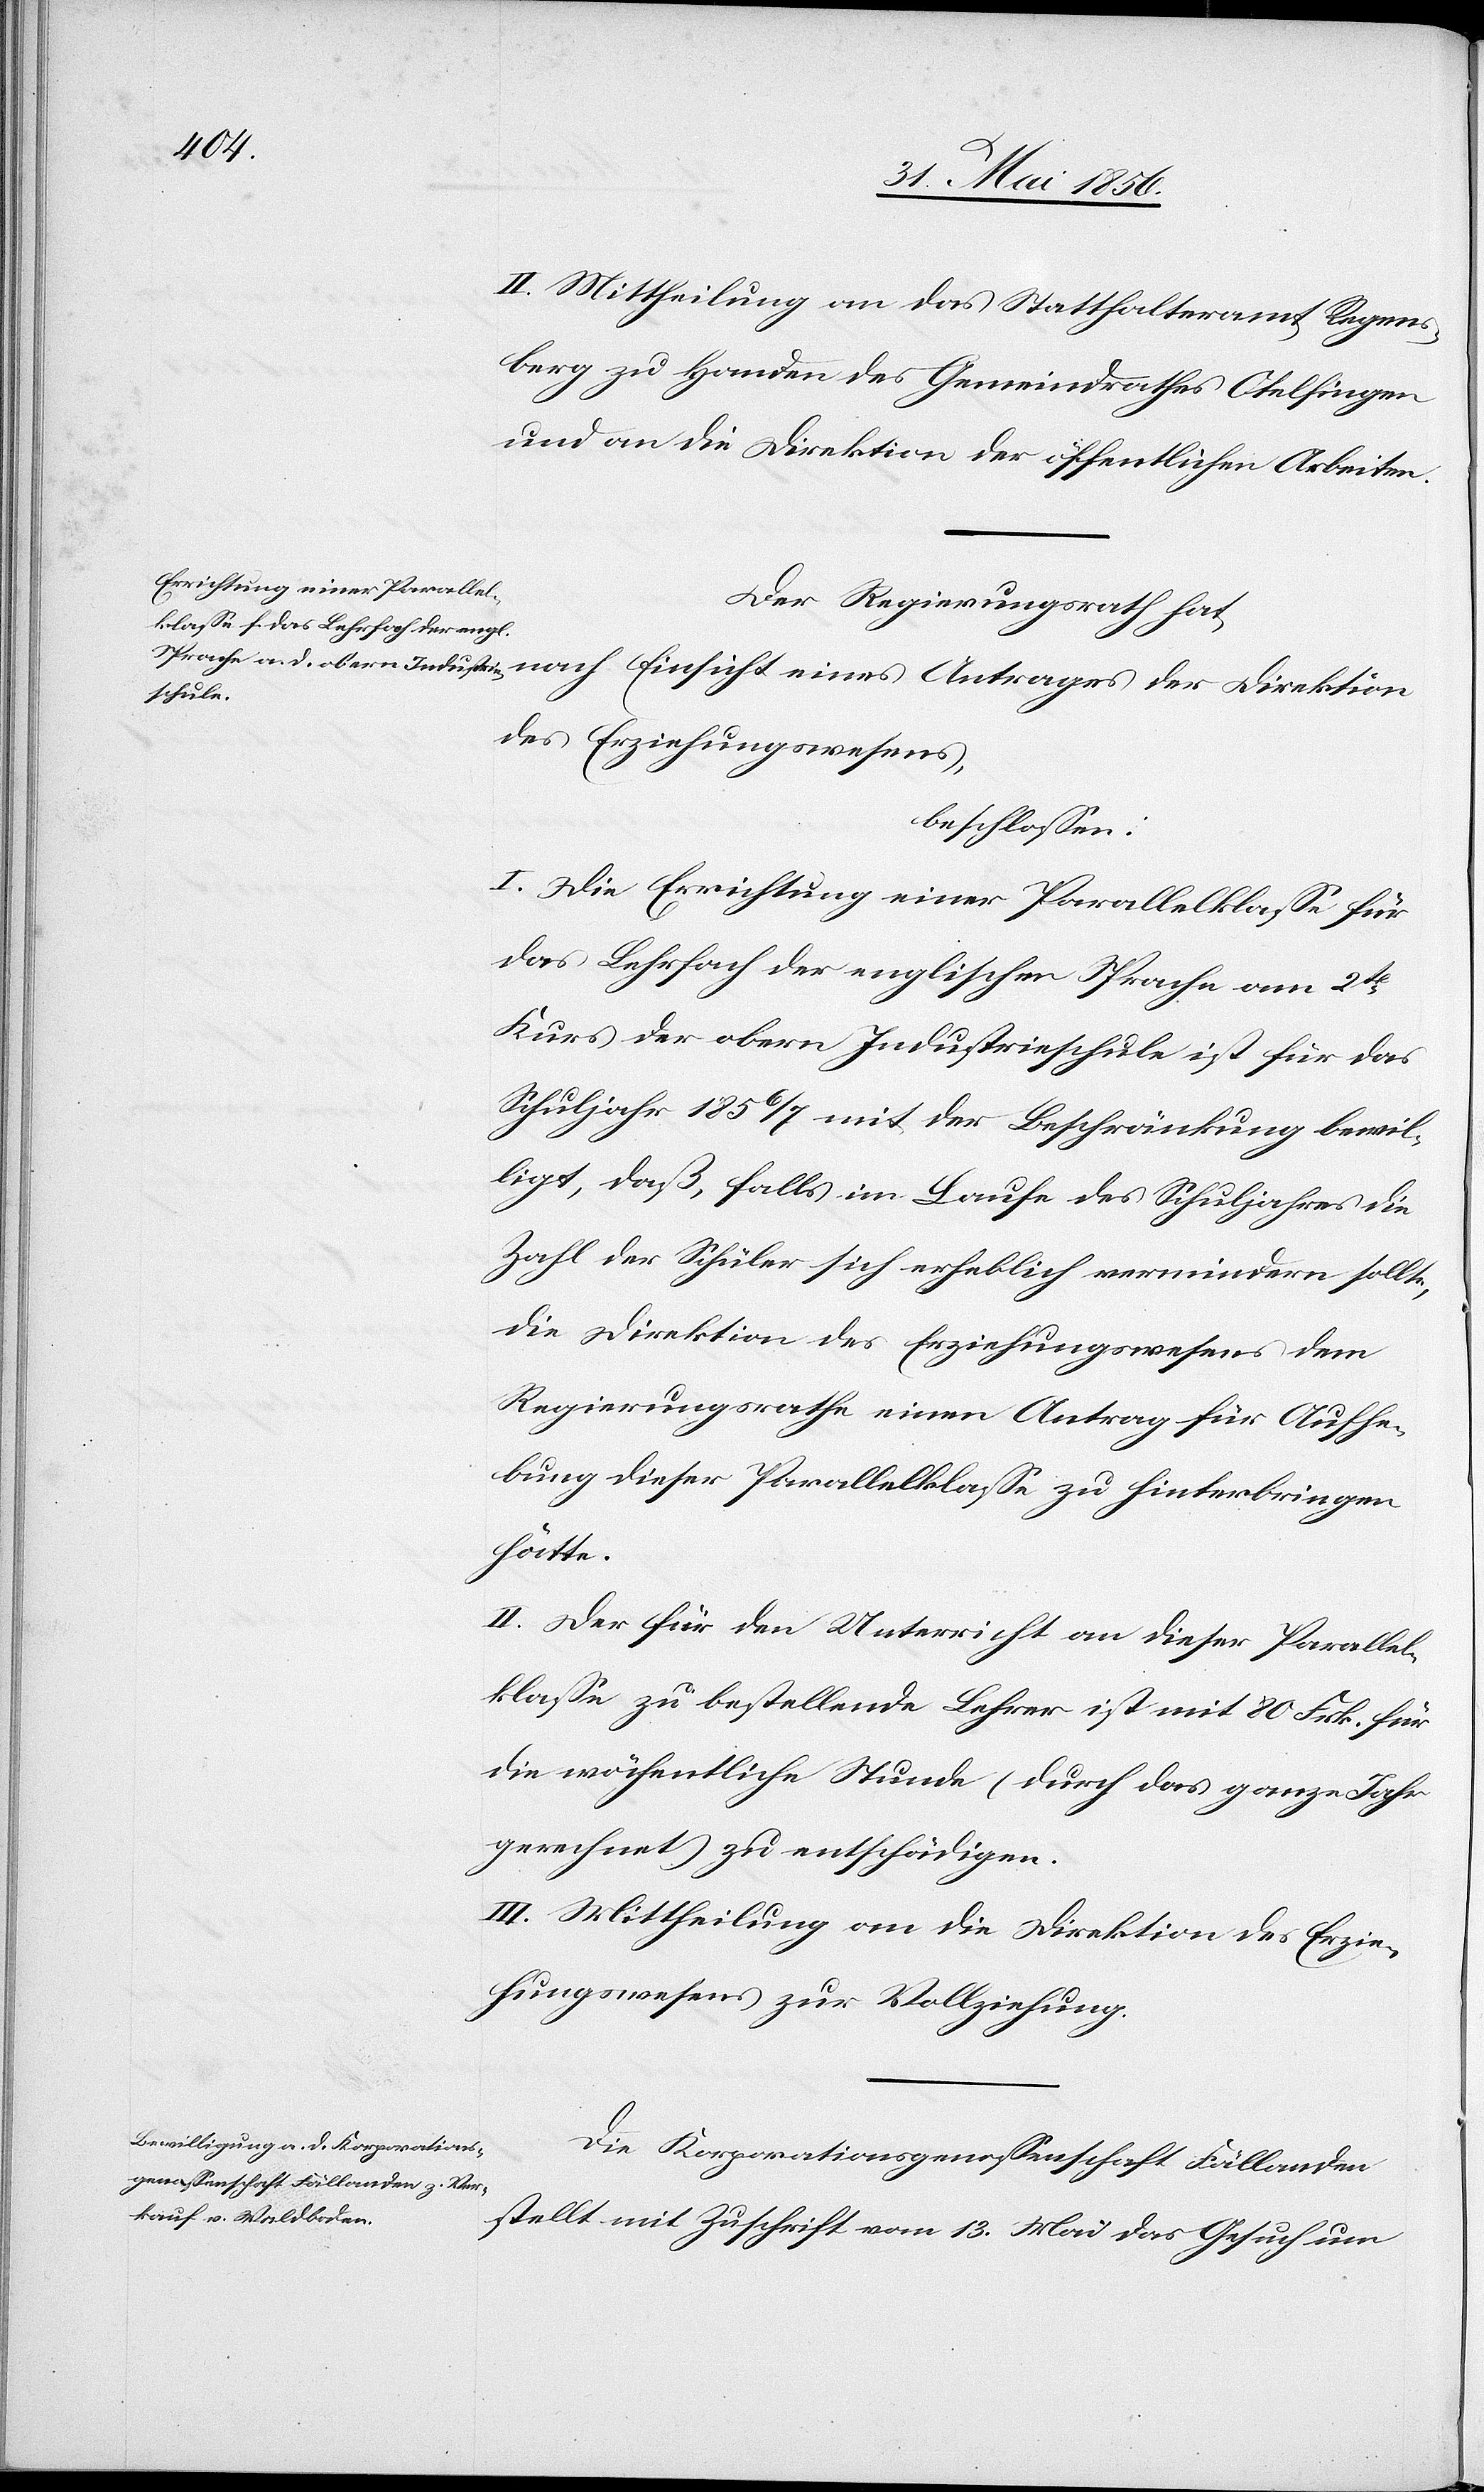
II. Mittheilung an das Statthalteramt Regens¬
berg zu Handen des Gemeindrath Otelfingen
und an die Direktion der öffentlichen Arbeiten.
Der Regierungsrath hat,
des Erziehungswesens,
beschlossen:
I. Die Errichtung einer Parallelklasse für
das Lehrfach der englischen Sprache am 2t
Kurs der obern Industrieschule ist für das
Schuljahr 1856/7 mit der Beschränkung bewil¬
ligt, daß, falls im Laufe des Schuljahres die
Zahl der Schüler sich erheblich vermindern sollte,
die Direktion des Erziehungswesens dem
Regierungsrathe einen Antrag für Aufhe¬
bung dieser Parallelklasse zu hinterbringen
hätte.
II. Der für den Unterricht an dieser Parallel¬
klasse zu bestellende Lehrer ist mit 80 Frk. für
die wöchentliche Stunde (durch das ganze Jahr
gerechnet) zu entschädigen.
III. Mittheilung an die Direktion des Erzie¬
hungswesens zur Vollziehung.
Die Korporationsgenossenschaft Fällanden
stellt mit Zuschrift vom 13. Mai das Gesuch um